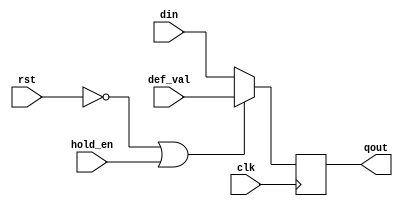
 /*                                                                      
 Copyright 2020 Blue Liang, liangkangnan@163.com
                                                                         
 Licensed under the Apache License, Version 2.0 (the "License");         
 you may not use this file except in compliance with the License.        
 You may obtain a copy of the License at                                 
                                                                         
     http://www.apache.org/licenses/LICENSE-2.0                          
                                                                         
 Unless required by applicable law or agreed to in writing, software    
 distributed under the License is distributed on an "AS IS" BASIS,       
 WITHOUT WARRANTIES OR CONDITIONS OF ANY KIND, either express or implied.
 See the License for the specific language governing permissions and     
 limitations under the License.                                          
 */

// 
module gen_pipe_dff #(
    parameter DW = 32)(

    input wire clk,
    input wire rst,
    input wire hold_en,

    input wire[DW-1:0] def_val,
    input wire[DW-1:0] din,
    output wire[DW-1:0] qout

    );

    reg[DW-1:0] qout_r;

    always @ (posedge clk) begin
        if (!rst | hold_en) begin
            qout_r <= def_val;
        end else begin
            qout_r <= din;
        end
    end

    assign qout = qout_r;

endmodule

// 0
module gen_rst_0_dff #(
    parameter DW = 32)(

    input wire clk,
    input wire rst,

    input wire[DW-1:0] din,
    output wire[DW-1:0] qout

    );

    reg[DW-1:0] qout_r;

    always @ (posedge clk) begin
        if (!rst) begin
            qout_r <= {DW{1'b0}};
        end else begin                  
            qout_r <= din;
        end
    end

    assign qout = qout_r;

endmodule

// 1
module gen_rst_1_dff #(
    parameter DW = 32)(

    input wire clk,
    input wire rst,

    input wire[DW-1:0] din,
    output wire[DW-1:0] qout

    );

    reg[DW-1:0] qout_r;

    always @ (posedge clk) begin
        if (!rst) begin
            qout_r <= {DW{1'b1}};
        end else begin                  
            qout_r <= din;
        end
    end

    assign qout = qout_r;

endmodule

// 
module gen_rst_def_dff #(
    parameter DW = 32)(

    input wire clk,
    input wire rst,
    input wire[DW-1:0] def_val,

    input wire[DW-1:0] din,
    output wire[DW-1:0] qout

    );

    reg[DW-1:0] qout_r;

    always @ (posedge clk) begin
        if (!rst) begin
            qout_r <= def_val;
        end else begin                  
            qout_r <= din;
        end
    end

    assign qout = qout_r;

endmodule

// 0
module gen_en_dff #(
    parameter DW = 32)(

    input wire clk,
    input wire rst,

    input wire en,
    input wire[DW-1:0] din,
    output wire[DW-1:0] qout

    );

    reg[DW-1:0] qout_r;

    always @ (posedge clk) begin
        if (!rst) begin
            qout_r <= {DW{1'b0}};
        end else if (en == 1'b1) begin
            qout_r <= din;
        end
    end

    assign qout = qout_r;

endmodule